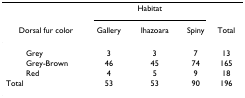
<table><thead><tr><td></td><td colspan="3"><b>Habitat</b></td><td></td></tr><tr><td><b>Dorsal fur color</b></td><td><b>Gallery</b></td><td><b>Ihazoara</b></td><td><b>Spiny</b></td><td><b>Total</b></td></tr></thead><tbody><tr><td>Grey</td><td>3</td><td>3</td><td>7</td><td>13</td></tr><tr><td>Grey-Brown</td><td>46</td><td>45</td><td>74</td><td>165</td></tr><tr><td>Red</td><td>4</td><td>5</td><td>9</td><td>18</td></tr><tr><td>Total</td><td>53</td><td>53</td><td>90</td><td>196</td></tr></tbody></table>